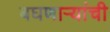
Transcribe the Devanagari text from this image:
बघणाऱ्यांची